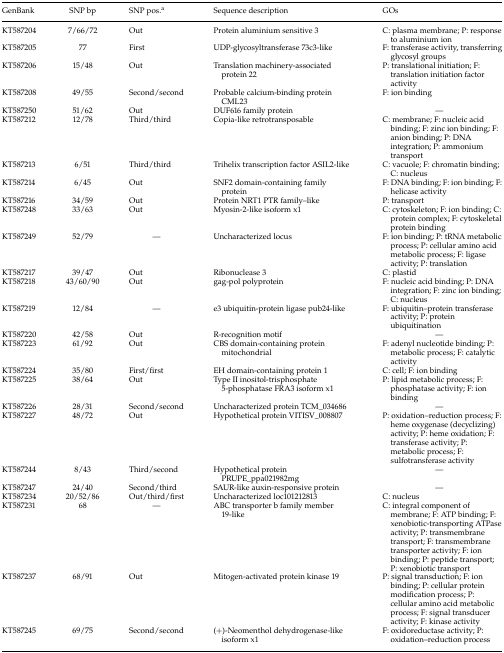
<table><thead><tr><td><b>GenBank</b></td><td><b>SNP bp</b></td><td><b>SNP pos.<sup>a</sup></b></td><td><b>Sequence description</b></td><td><b>GOs</b></td></tr></thead><tbody><tr><td>KT587204</td><td>7/66/72</td><td>Out</td><td>Protein aluminium sensitive 3</td><td>C: plasma membrane; P: response to aluminium ion</td></tr><tr><td>KT587205</td><td>77</td><td>First</td><td>UDP-glycosyltransferase 73c3-like</td><td>F: transferase activity, transferring glycosyl groups</td></tr><tr><td>KT587206</td><td>15/48</td><td>Out</td><td>Translation machinery-associated protein 22</td><td>P: translational initiation; F: translation initiation factor activity</td></tr><tr><td>KT587208</td><td>49/55</td><td>Second/second</td><td>Probable calcium-binding protein CML23</td><td>F: ion binding</td></tr><tr><td>KT587250</td><td>51/62</td><td>Out</td><td>DUF616 family protein</td><td>—</td></tr><tr><td>KT587212</td><td>12/78</td><td>Third/third</td><td>Copia-like retrotransposable</td><td>C: membrane; F: nucleic acid binding; F: zinc ion binding; F: anion binding; P: DNA integration; P: ammonium transport</td></tr><tr><td>KT587213</td><td>6/51</td><td>Third/third</td><td>Trihelix transcription factor ASIL2-like</td><td>C: vacuole; F: chromatin binding; C: nucleus</td></tr><tr><td>KT587214</td><td>6/45</td><td>Out</td><td>SNF2 domain-containing family protein</td><td>F: DNA binding; F: ion binding; F: helicase activity</td></tr><tr><td>KT587216</td><td>34/59</td><td>Out</td><td>Protein NRT1 PTR family–like</td><td>P: transport</td></tr><tr><td>KT587248</td><td>33/63</td><td>Out</td><td>Myosin-2-like isoform x1</td><td>C: cytoskeleton; F: ion binding; C: protein complex; F: cytoskeletal protein binding</td></tr><tr><td>KT587249</td><td>52/79</td><td>—</td><td>Uncharacterized locus</td><td>F: ion binding; P: tRNA metabolic process; P: cellular amino acid metabolic process; F: ligase activity; P: translation</td></tr><tr><td>KT587217</td><td>39/47</td><td>Out</td><td>Ribonuclease 3</td><td>C: plastid</td></tr><tr><td>KT587218</td><td>43/60/90</td><td>Out</td><td>gag-pol polyprotein</td><td>F: nucleic acid binding; P: DNA integration; F: zinc ion binding; C: nucleus</td></tr><tr><td>KT587219</td><td>12/84</td><td>—</td><td>e3 ubiquitin-protein ligase pub24-like</td><td>F: ubiquitin–protein transferase activity; P: protein ubiquitination</td></tr><tr><td>KT587220</td><td>42/58</td><td>Out</td><td>R-recognition motif</td><td>—</td></tr><tr><td>KT587223</td><td>61/92</td><td>Out</td><td>CBS domain-containing protein mitochondrial</td><td>F: adenyl nucleotide binding; P: metabolic process; F: catalytic activity</td></tr><tr><td>KT587224</td><td>35/80</td><td>First/first</td><td>EH domain-containing protein 1</td><td>C: cell; F: ion binding</td></tr><tr><td>KT587225</td><td>38/64</td><td>Out</td><td>Type II inositol-trisphosphate 5-phosphatase FRA3 isoform x1</td><td>P: lipid metabolic process; F: phosphatase activity; F: ion binding</td></tr><tr><td>KT587226</td><td>28/31</td><td>Second/second</td><td>Uncharacterized protein TCM_034686</td><td>—</td></tr><tr><td>KT587227</td><td>48/72</td><td>Out</td><td>Hypothetical protein VITISV_008807</td><td>P: oxidation–reduction process; F: heme oxygenase (decyclizing) activity; P: heme oxidation; F: transferase activity; P: metabolic process; F: sulfotransferase activity</td></tr><tr><td>KT587244</td><td>8/43</td><td>Third/second</td><td>Hypothetical protein PRUPE_ppa021982mg</td><td>—</td></tr><tr><td>KT587247</td><td>24/40</td><td>Second/third</td><td>SAUR-like auxin-responsive protein</td><td>—</td></tr><tr><td>KT587234</td><td>20/52/86</td><td>Out/third/first</td><td>Uncharacterized loc101212813</td><td>C: nucleus</td></tr><tr><td>KT587231</td><td>68</td><td>—</td><td>ABC transporter b family member 19-like</td><td>C: integral component of membrane; F: ATP binding; F: xenobiotic-transporting ATPase activity; P: transmembrane transport; F: transmembrane transporter activity; F: ion binding; P: peptide transport; P: xenobiotic transport</td></tr><tr><td>KT587237</td><td>68/91</td><td>Out</td><td>Mitogen-activated protein kinase 19</td><td>P: signal transduction; F: ion binding; P: cellular protein modification process; P: cellular amino acid metabolic process; F: signal transducer activity; F: kinase activity</td></tr><tr><td>KT587245</td><td>69/75</td><td>Second/second</td><td>(+)-Neomenthol dehydrogenase-like isoform x1</td><td>F: oxidoreductase activity; P: oxidation–reduction process</td></tr></tbody></table>